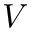
V